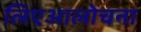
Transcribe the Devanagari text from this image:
लिएआलोचना